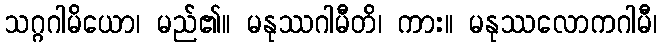
သဂ္ဂဂါမိယော၊ မည်၏။ မနုဿဂါမီတိ၊ ကား။ မနုဿလောကဂါမီ၊